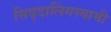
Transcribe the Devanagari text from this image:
सिद्दालिंगस्वामी